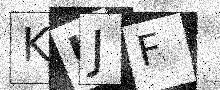
Text: KUJF